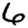
Digit: 6